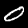
Digit: 0